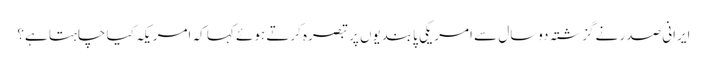
ایرانی صدر نے گزشتہ دوسال سے امریکی پابندیوں پر تبصرہ کرتے ہوئے کہا کہ امریکہ کیا چاہتا ہے؟